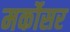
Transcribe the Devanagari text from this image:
मर्कोसर